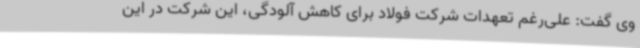
وی گفت: علی‌رغم تعهدات شرکت فولاد برای کاهش آلودگی، این شرکت در این